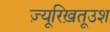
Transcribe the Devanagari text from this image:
ज़्यूरिख़तूउश